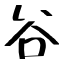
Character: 谷